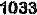
1033